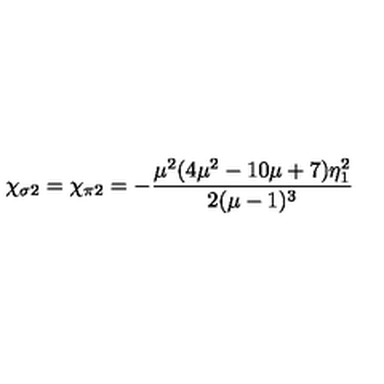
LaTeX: \chi _ { \sigma 2 } = \chi _ { \pi 2 } = - \frac { \mu ^ { 2 } ( 4 \mu ^ { 2 } - 1 0 \mu + 7 ) \eta _ { 1 } ^ { 2 } } { 2 ( \mu - 1 ) ^ { 3 } }